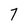
Character: 7